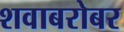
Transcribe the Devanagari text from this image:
शवाबरोबर